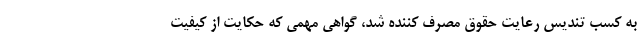
به کسب تندیس رعایت حقوق مصرف کننده شد، گواهی مهمی که حکایت از کیفیت